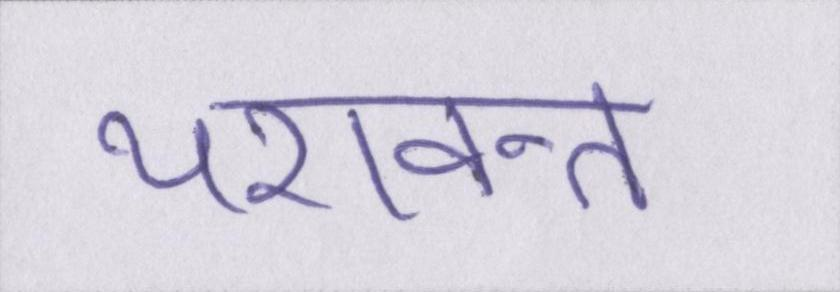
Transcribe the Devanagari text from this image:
यशवन्त